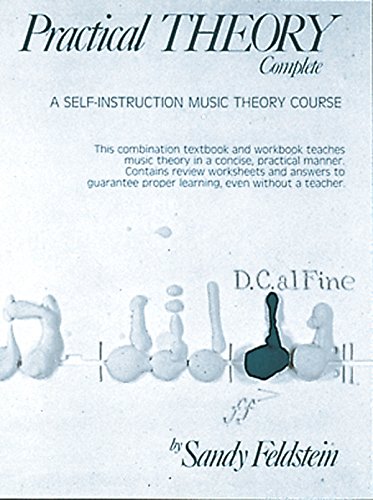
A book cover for Practical Theory Complete: A Self-Instruction Music Theory Course; Sandy Feldstein; Arts & Photography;